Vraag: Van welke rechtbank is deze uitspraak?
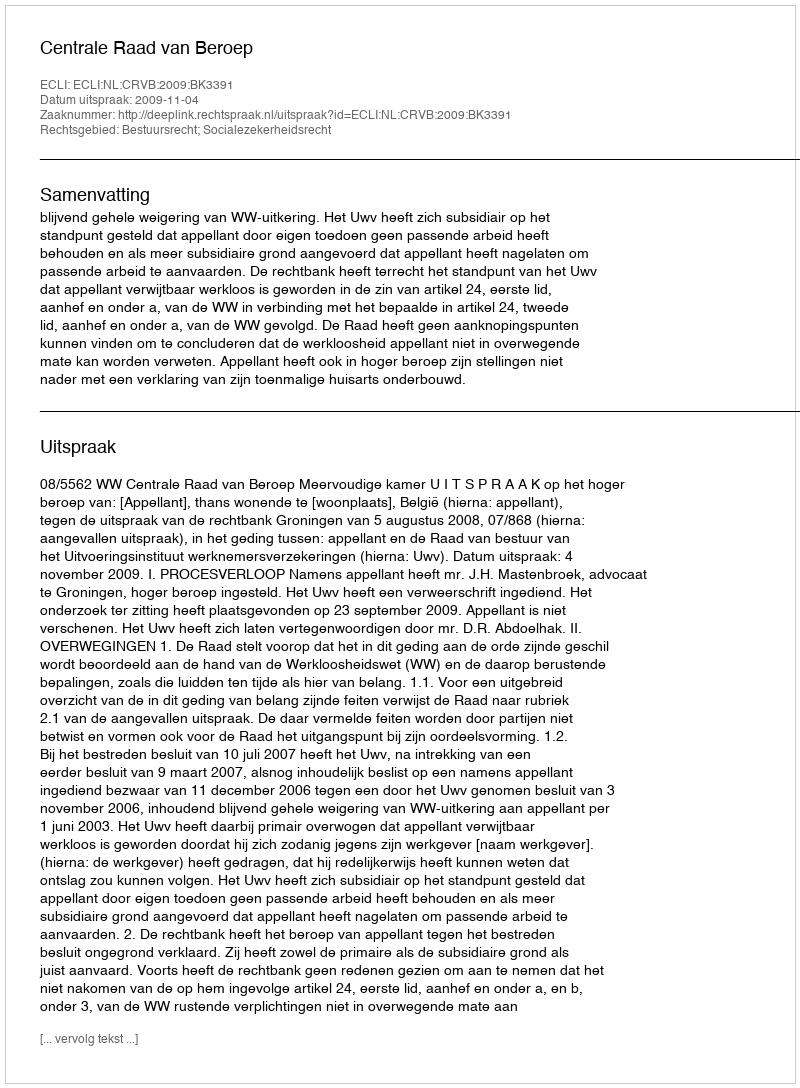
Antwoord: Centrale Raad van Beroep